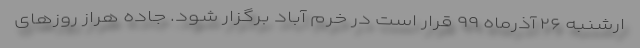
ارشنبه ۲۶ آذرماه ۹۹ قرار است در خرم آباد برگزار شود. جاده هراز روزهای